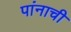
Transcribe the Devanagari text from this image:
पांनाची